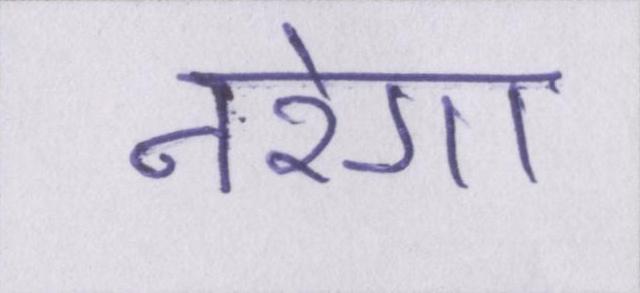
नरेगा